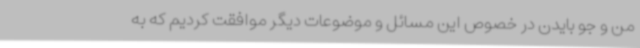
من و جو بایدن در خصوص این مسائل و موضوعات دیگر موافقت کردیم که به